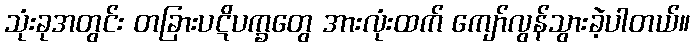
သုံးခုအတွင်း တခြားပဋိပက္ခတွေ အားလုံးထက် ကျော်လွန်သွားခဲ့ပါတယ်။